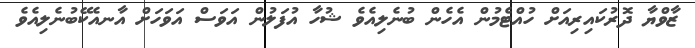
ޒާވްޔާ ދޮރުކައިރިއަށް ހުއްޓެމުން އެހެން ބުނެލިއެވެ ޝުހާ އުފަލުން އަވަސް އަވަހަށް އާނއެކޭބުނެލިއެވެ